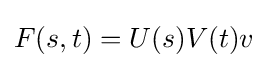
F(s,t)=U(s)V(t)v